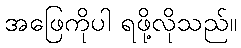
အဖြေကိုပါ ရဖို့လိုသည်။